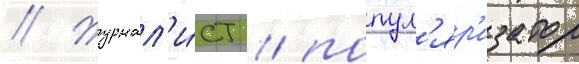
// Журнал'и́ст / попул'яр'изатор